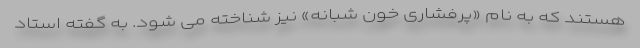
هستند که به نام «پرفشاری خون شبانه» نیز شناخته می شود. به گفته استاد